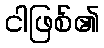
ငါဖြစ်၏